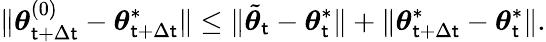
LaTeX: \lVert{\boldsymbol{\theta}}_{\mathsf{t}+\Delta\mathsf{t}}^{(0)}-{\boldsymbol{\theta}}_{\mathsf{t}+\Delta\mathsf{t}}^{*}\rVert\leq\lVert\tilde{{{\boldsymbol{\theta}}}}_{\mathsf{t}}-{\boldsymbol{\theta}}_{\mathsf{t}}^{*}\rVert+\lVert{\boldsymbol{\theta}}_{\mathsf{t}+\Delta\mathsf{t}}^{*}-{\boldsymbol{\theta}}_{\mathsf{t}}^{*}\rVert.